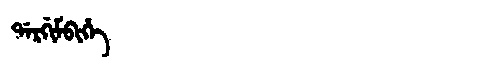
Manchu: ᡩᠠᡵᡤᡳᠮᠪᡳᡥᡝ
Romanization: DARGIMBIHE